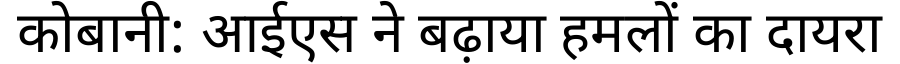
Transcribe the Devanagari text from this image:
कोबानी: आईएस ने बढ़ाया हमलों का दायरा